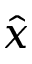
\hat { x }